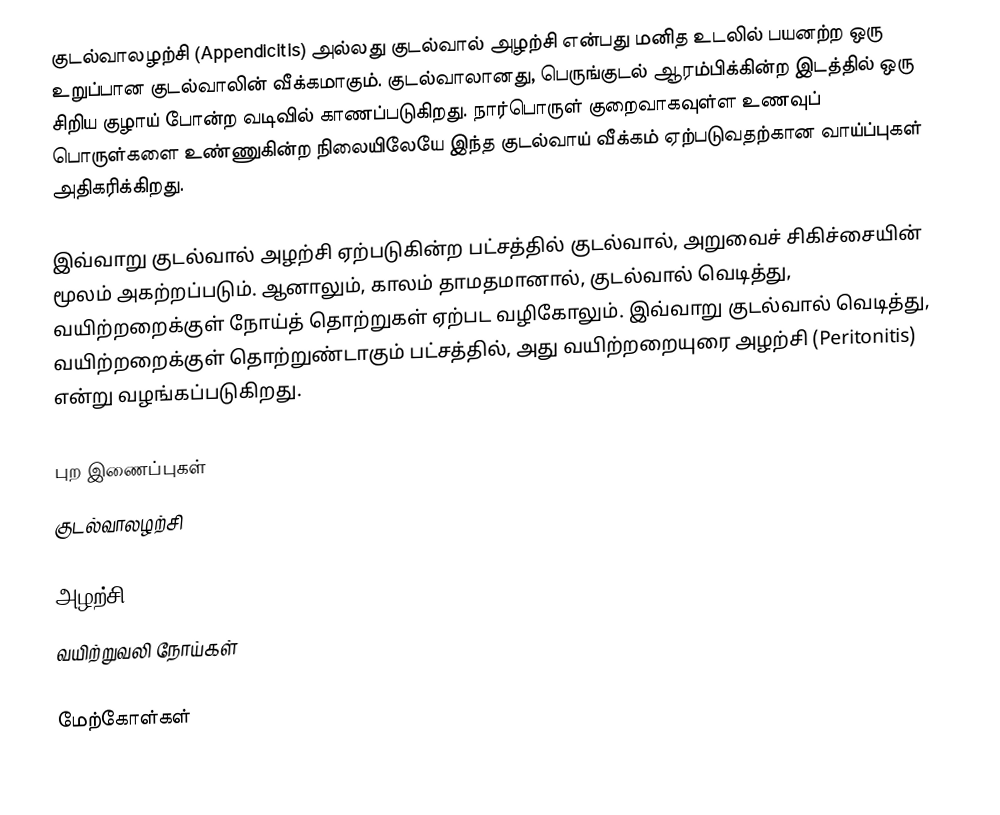
குடல்வாலழற்சி (Appendicitis) அல்லது குடல்வால் அழற்சி என்பது மனித உடலில் பயனற்ற ஒரு உறுப்பான குடல்வாலின் வீக்கமாகும். குடல்வாலானது, பெருங்குடல் ஆரம்பிக்கின்ற இடத்தில் ஒரு சிறிய குழாய் போன்ற வடிவில் காணப்படுகிறது.  நார்பொருள்  குறைவாகவுள்ள உணவுப் பொருள்களை உண்ணுகின்ற நிலையிலேயே இந்த குடல்வாய் வீக்கம் ஏற்படுவதற்கான வாய்ப்புகள் அதிகரிக்கிறது.

இவ்வாறு குடல்வால் அழற்சி ஏற்படுகின்ற பட்சத்தில் குடல்வால், அறுவைச் சிகிச்சையின் மூலம் அகற்றப்படும். ஆனாலும், காலம் தாமதமானால், குடல்வால் வெடித்து, வயிற்றறைக்குள் நோய்த் தொற்றுகள் ஏற்பட வழிகோலும். இவ்வாறு குடல்வால் வெடித்து, வயிற்றறைக்குள் தொற்றுண்டாகும் பட்சத்தில், அது வயிற்றறையுரை அழற்சி (Peritonitis) என்று வழங்கப்படுகிறது.

புற இணைப்புகள்
 குடல்வாலழற்சி

அழற்சி
வயிற்றுவலி நோய்கள்

மேற்கோள்கள்